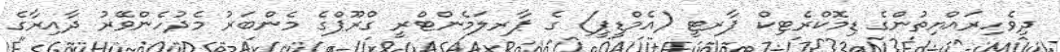
ދިވެހިރައްޔިތުންގެ ޑިމޮކްރެޓިކް ޕާރޓީ (އެމްޑީޕީ) ގެ ޕާރލަމެންޓްރީ ގްރޫޕްގެ މެންބަރު މެދުހެންވޭރު ދާއިރާގެ